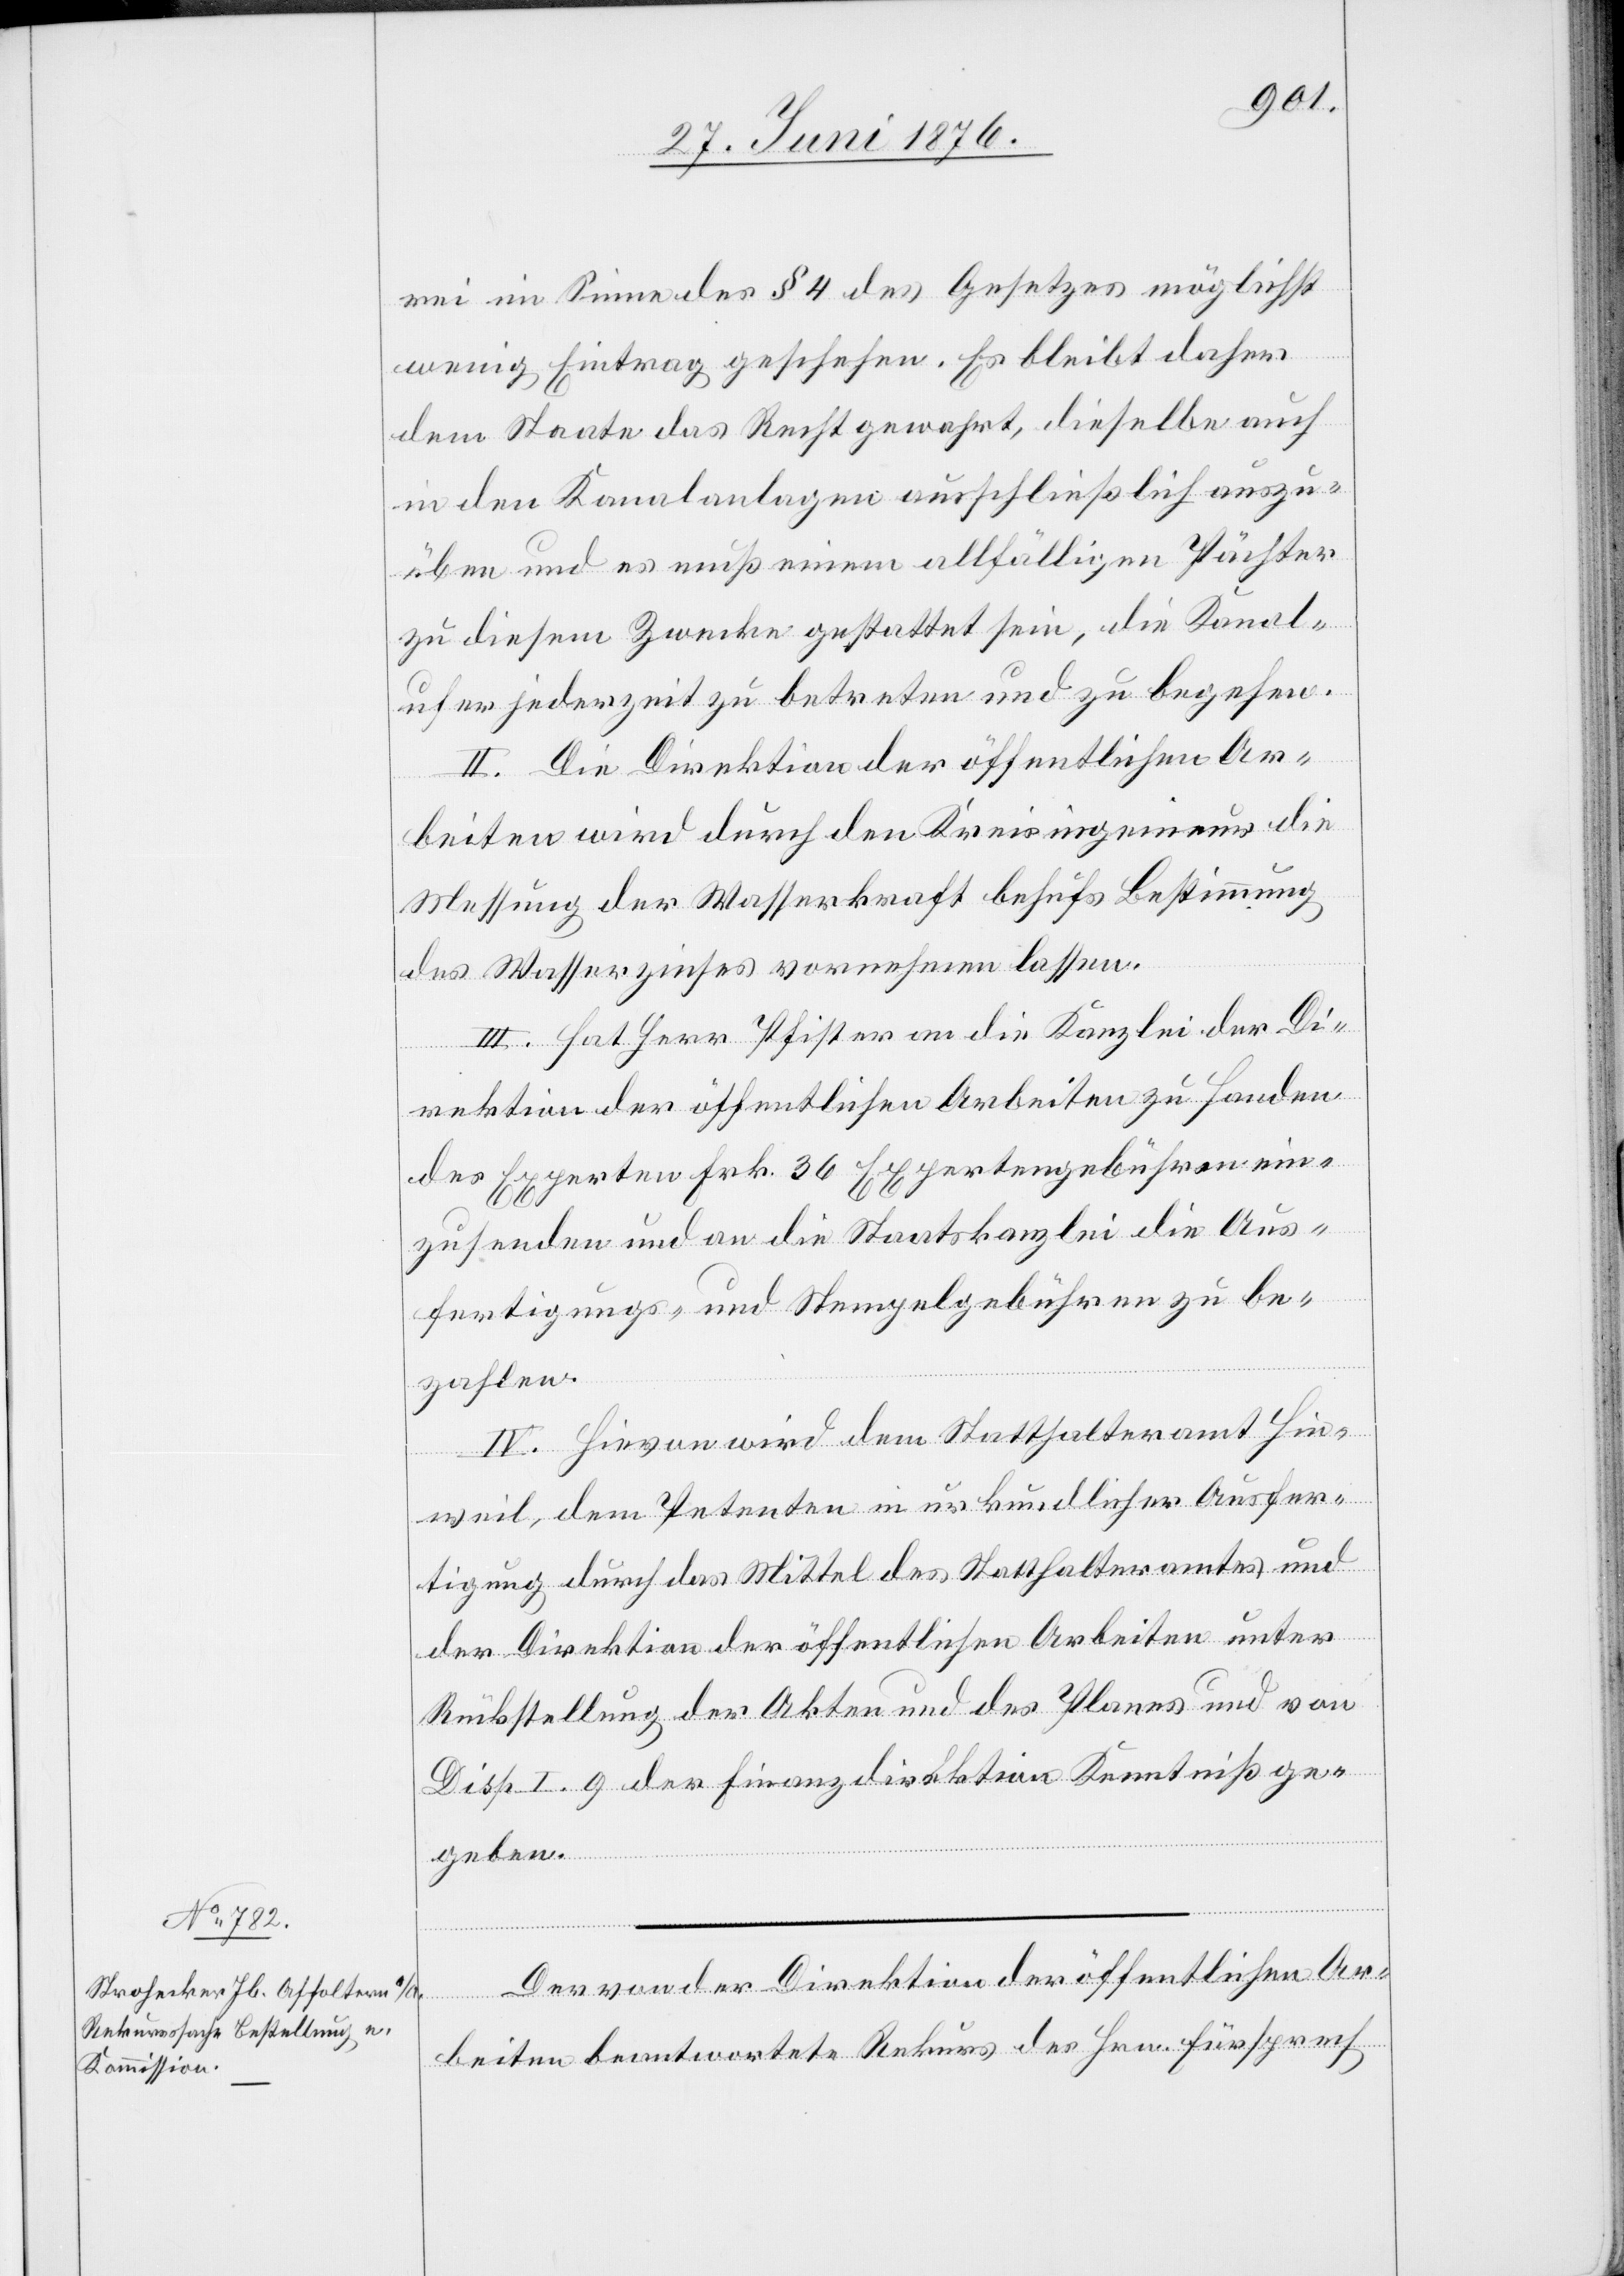
rei im Sinne des § 4 des Gesetzes möglichst
wenig Eintrag geschehen. Es bleibt daher
dem Staate das Recht gewahrt, dieselbe auch
in den Kanalanlagen ausschließlich auszu¬
üben und es muß einem allfälligen Pächter
zu diesem Zwecke gestattet sein, die Kanal¬
ufer jederzeit zu betreten und zu begehen.
II. Die Direktion der öffentlichen Ar¬
beiten wird durch den Kreisingenieur die
Messung der Wasserkraft behufs Bestimmung
des Wasserzinses vornehmen lassen.
III: Hat Herr Pfister an die Kanzlei der Di¬
rektion der öffentlichen Arbeiten zu Handen
des Experten Frk. 36 Expertengebühren ein¬
zusenden und an die Staatskanzlei die Aus¬
fertigungs- und Stempelgebühren zu be¬
zahlen.
IV. Hievon wird dem Statthalteramt Hin¬
weil, dem Petenten in urkundlicher Ausfer¬
tigung durch das Mittel des Statthalteramtes und
der Direktion der öffentlichen Arbeiten unter
Rückstellung der Akten und des Planes und von
Disp. I. 9 der Finanzdirektion Kenntniß ge¬
geben.
Der von der Direktion der öffentlichen Ar¬
beiten beantwortete Rekurs des Hrn. Fürsprech